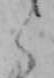
く